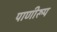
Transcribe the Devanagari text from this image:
पाणीरूप